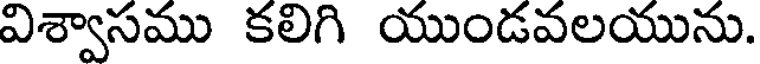
విశ్వాసము కలిగి యుండవలయును.